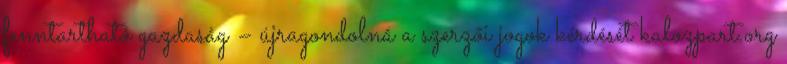
fenntartható gazdaság – újragondolná a szerzői jogok kérdését kalozpart.org